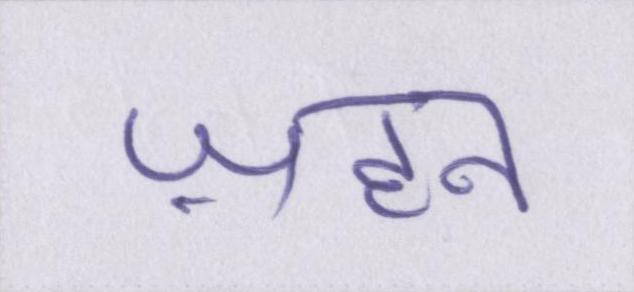
ज़हन